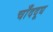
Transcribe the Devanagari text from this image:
चाँददूध